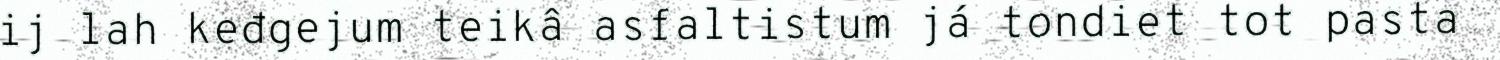
ij lah keđgejum teikâ asfaltistum já tondiet tot pasta